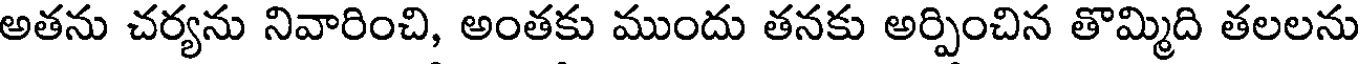
అతను చర్యను నివారించి, అంతకు ముందు తనకు అర్పించిన తొమ్మిది తలలను